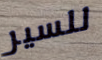
للسير